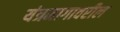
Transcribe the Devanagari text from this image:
यंत्रमागावरील